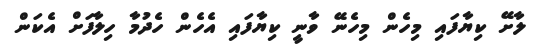
ލާށޭ ކިޔާފައި މިހެން މިހެނޭ ވާނީ ކިޔާފައި އެހެން ހެދުމާ ހިލާފަށް އެކަން